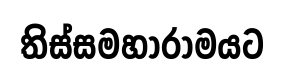
තිස්සමහාරාමයට